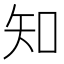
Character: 知